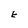
Character: E